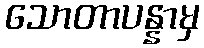
သောတာပန္နာမှ